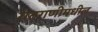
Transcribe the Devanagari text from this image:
रातराणीमधील